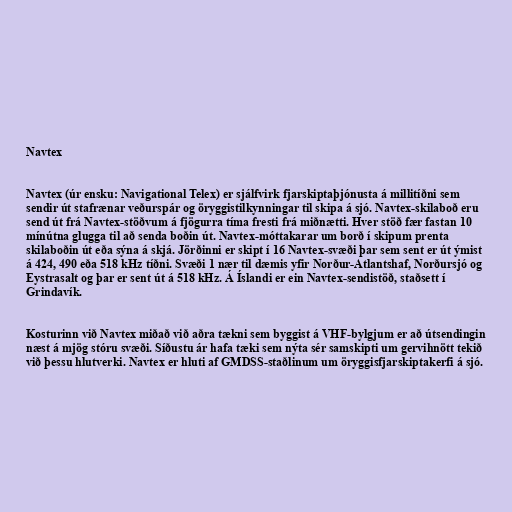
Navtex

Navtex (úr ensku: Navigational Telex) er sjálfvirk fjarskiptaþjónusta á millitíðni sem
sendir út stafrænar veðurspár og öryggistilkynningar til skipa á sjó. Navtex-skilaboð eru
send út frá Navtex-stöðvum á fjögurra tíma fresti frá miðnætti. Hver stöð fær fastan 10
mínútna glugga til að senda boðin út. Navtex-móttakarar um borð í skipum prenta
skilaboðin út eða sýna á skjá. Jörðinni er skipt í 16 Navtex-svæði þar sem sent er út ýmist
á 424, 490 eða 518 kHz tíðni. Svæði 1 nær til dæmis yfir Norður-Atlantshaf, Norðursjó og
Eystrasalt og þar er sent út á 518 kHz. Á Íslandi er ein Navtex-sendistöð, staðsett í
Grindavík.

Kosturinn við Navtex miðað við aðra tækni sem byggist á VHF-bylgjum er að útsendingin
næst á mjög stóru svæði. Síðustu ár hafa tæki sem nýta sér samskipti um gervihnött tekið
við þessu hlutverki. Navtex er hluti af GMDSS-staðlinum um öryggisfjarskiptakerfi á sjó.